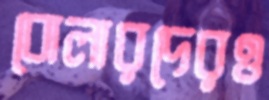
বোলারদেরও